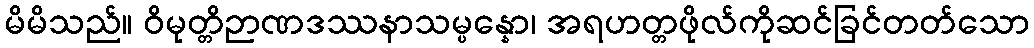
မိမိသည်။ ဝိမုတ္တိဉာဏဒဿနာသမ္ပန္နော၊ အရဟတ္တဖိုလ်ကိုဆင်ခြင်တတ်သော